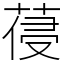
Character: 葠